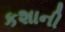
કશાની